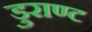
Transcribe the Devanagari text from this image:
डुराण्ट